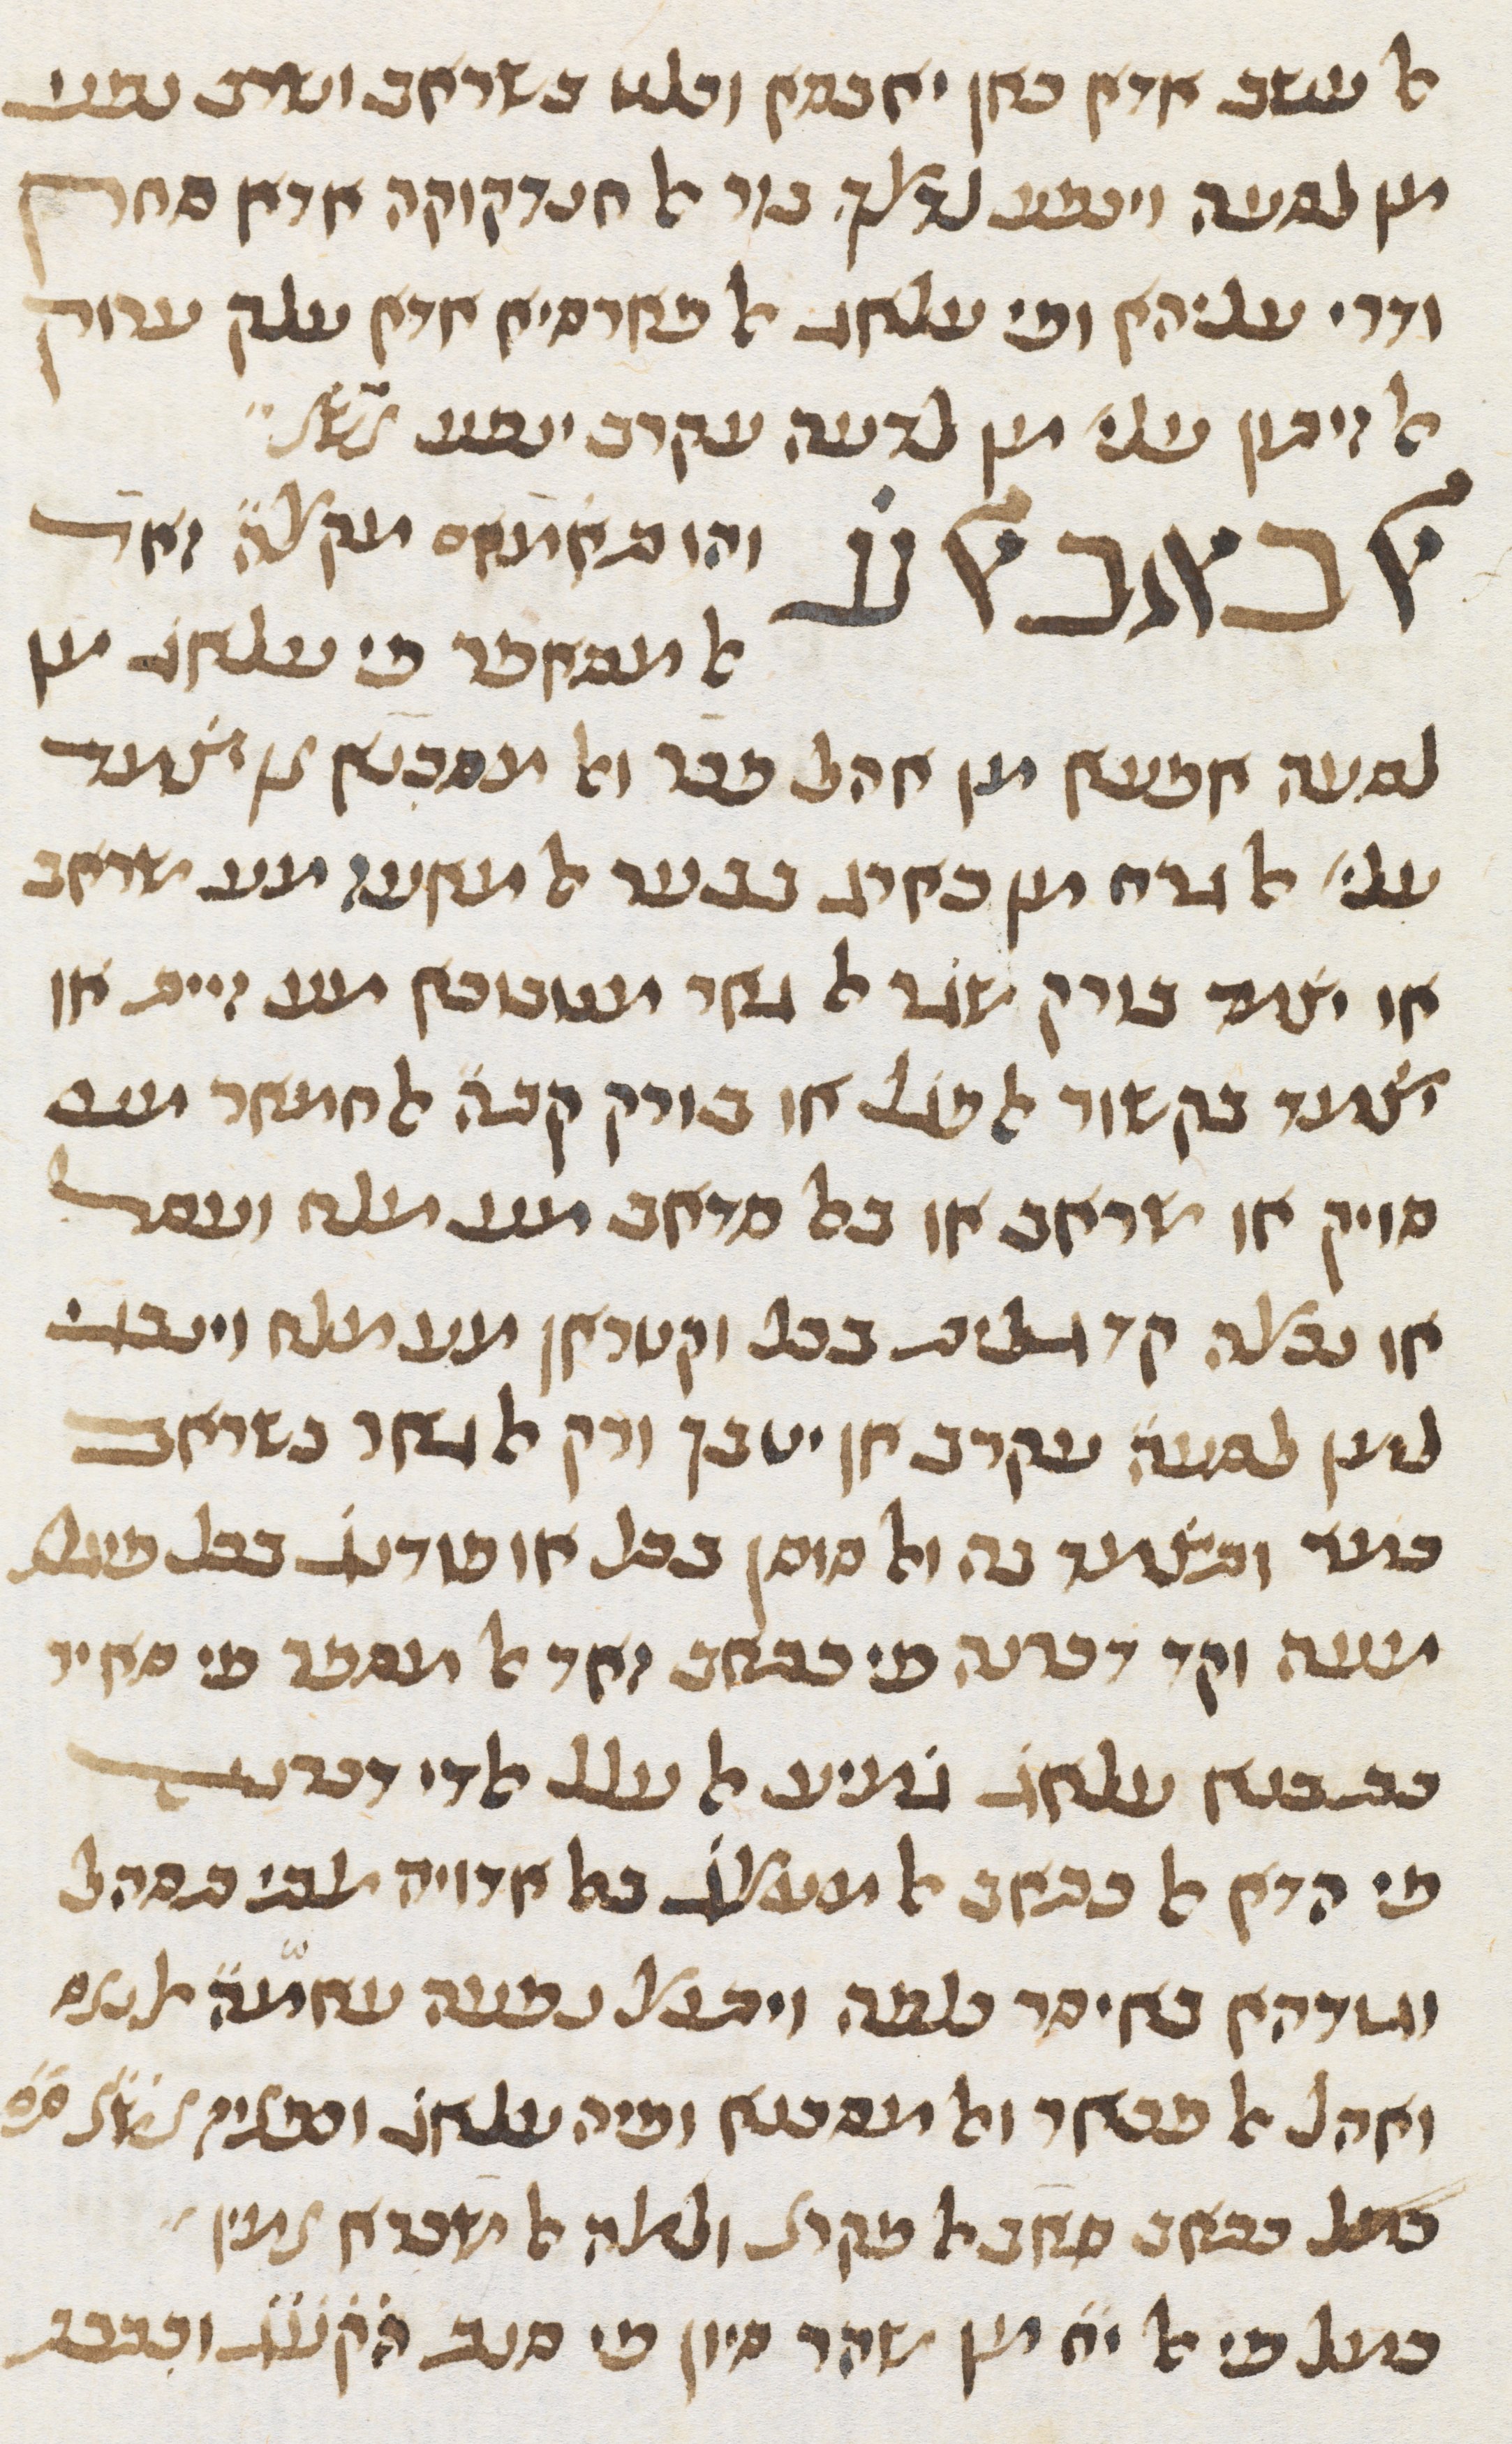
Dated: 1413–1413